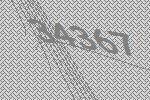
34367